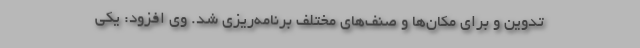
تدوین و برای مکان‌ها و صنف‌های مختلف برنامه‌ریزی شد. وی افزود: یکی